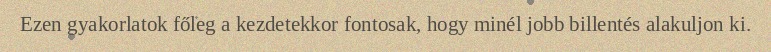
Ezen gyakorlatok főleg a kezdetekkor fontosak, hogy minél jobb billentés alakuljon ki.